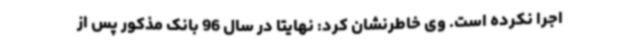
اجرا نکرده است. وی خاطرنشان کرد: نهایتاً در سال 96 بانک مذکور پس از